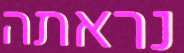
נראתה